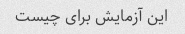
این آزمایش برای چیست